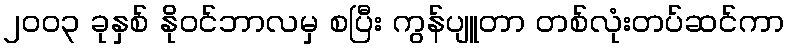
၂၀၀၃ ခုနှစ် နိုဝင်ဘာလမှ စပြီး ကွန်ပျူတာ တစ်လုံးတပ်ဆင်ကာ